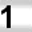
Digit: 1